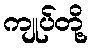
ကျုပ်တို့